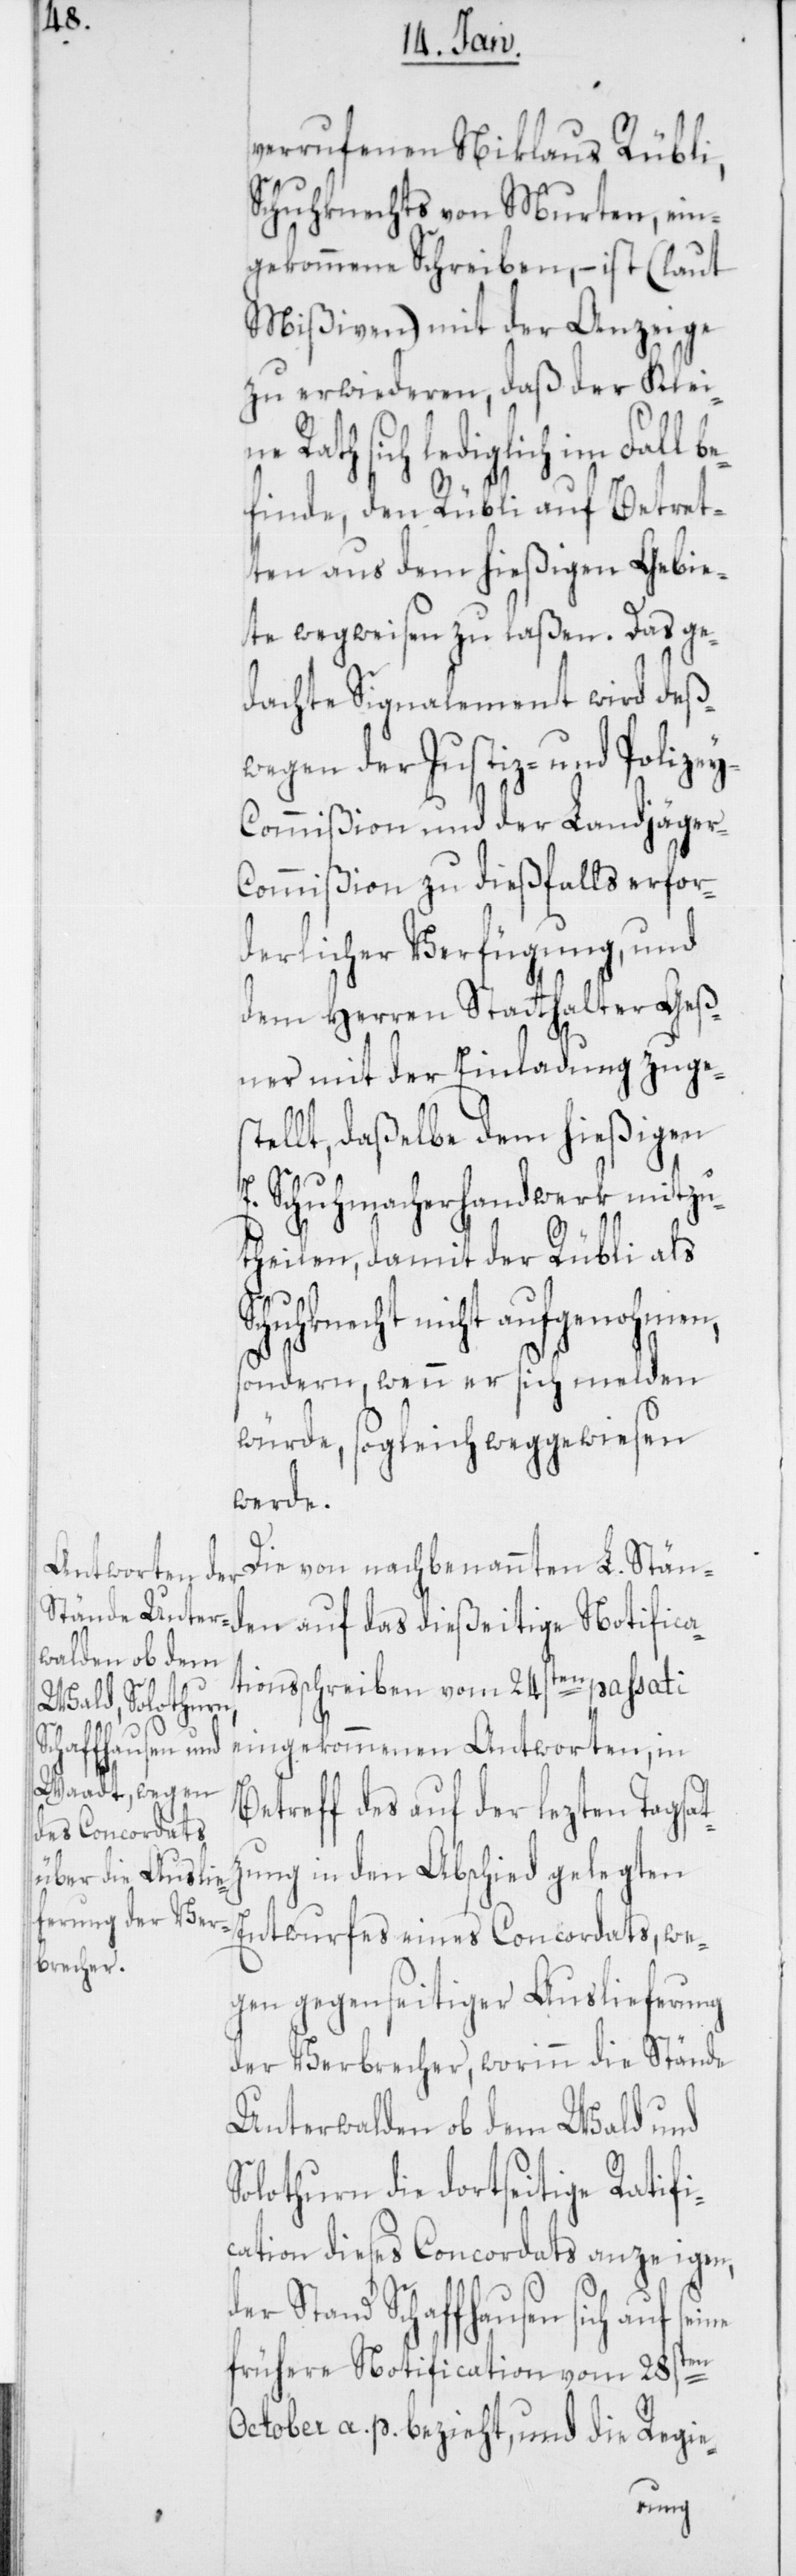
verrufenen Niklaus Rübli,
Schuhknechts von Murten, ein¬
gekommene Schreiben, – ist (laut
Mißiven) mit der Anzeige
zu erwiederen, daß der Klein¬
e Rath sich lediglich im Fall b¬
efinde, den Rübli auf Betret¬
ten aus dem hießigen Gebie¬
te wegweisen zu laßen. Das ge¬
dachte Signalement wird deß¬
wegen der Justiz- und Polize¬
y-Commißion und der Landjäger-C¬
ommißion zu dießfalls erfor¬
derlicher Verfügung, und
dem Herren Statthalter Geß¬
ner mit der Einladung zuges¬
tellt, daßelbe dem hießigen
E. Schuhmacherhandwerk mitzu¬
theilen, damit der Rübli als
Entwurfes ein¬
sondern, wenn er sich melden
würde, sogleich weggewiesen
werde.
Die von nachbenannten L. Ständen
tionsschreiben vom 24sten passati
eingekommenen Antworten, in
Betreff des auf der lezten Tagsa¬
es Concordats,
tzung in den Abschied gelegten
wegen gegenseitiger Auslieferung
der Verbrecher, worinn die Stände
Unterwalden ob dem Wald und
Solothurn die dortseitige Ratifi¬
cation dieses Concordats anzeigen,
der Stand Schaffhausen sich auf
frühere Notification vom 28sten
October a. p. bezieht, und die Regie-